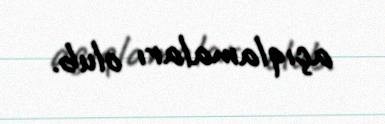
açıqlamaları olub.